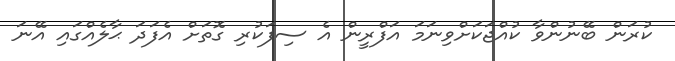
ކުރަން ބޭނުންވާ ކުއްޖަކަށްވިނަމަ އަފްރީން އެ ސިފަކުރި ގޮތަށް އެފަދަ ޙާލެއްގައި އޭނަ